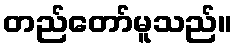
တည်တော်မူသည်။